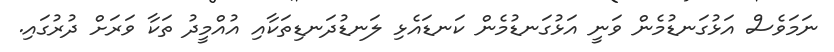
ނަމަވެސް އަޅުގަނޑުމެން ވަނީ އަޅުގަނޑުމެން ކަނޑައެޅި ލަނޑުދަނޑިތަކާއި އުއްމީދު ތަކާ ވަރަށް ދުރުގައި.